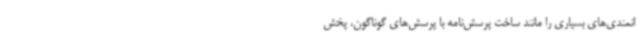
انمندی‌های بسیاری را مانند ساخت پرسش‌نامه با پرسش‌های گوناگون، پخش